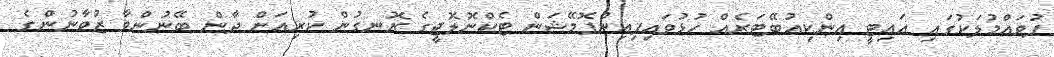
ފުވައްމުލަކުގައި އައިޓީ އިންކިއުބޭޓަރެއް ހުޅުވައިފިއިންފޮމޭޝަން ޓެކްނޮލޮޖީގެ ރޮނގުން ކުރިއަށް ދާން ބޭނުންވާ ޒުވާނުންގެ